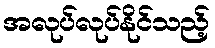
အလုပ်လုပ်နိုင်သည့်